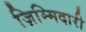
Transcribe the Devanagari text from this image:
ज़िम्मिदारी